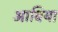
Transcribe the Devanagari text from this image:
आबिया